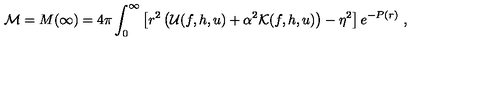
{ \cal M } = M ( \infty ) = 4 \pi \int _ { 0 } ^ { \infty } \left[ r ^ { 2 } \left( { \cal U } ( f , h , u ) + \alpha ^ { 2 } { \cal K } ( f , h , u ) \right) - \eta ^ { 2 } \right] e ^ { - P ( r ) } \ ,